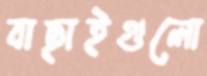
বাছাইগুলো